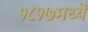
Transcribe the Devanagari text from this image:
१८१७मध्ये